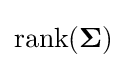
\operatorname {rank} ({\boldsymbol {\Sigma }})